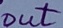
Text: out